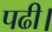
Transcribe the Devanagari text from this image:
पढी।